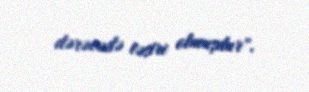
dərəcədə təsiri olmuşdur".